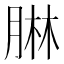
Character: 𦝃